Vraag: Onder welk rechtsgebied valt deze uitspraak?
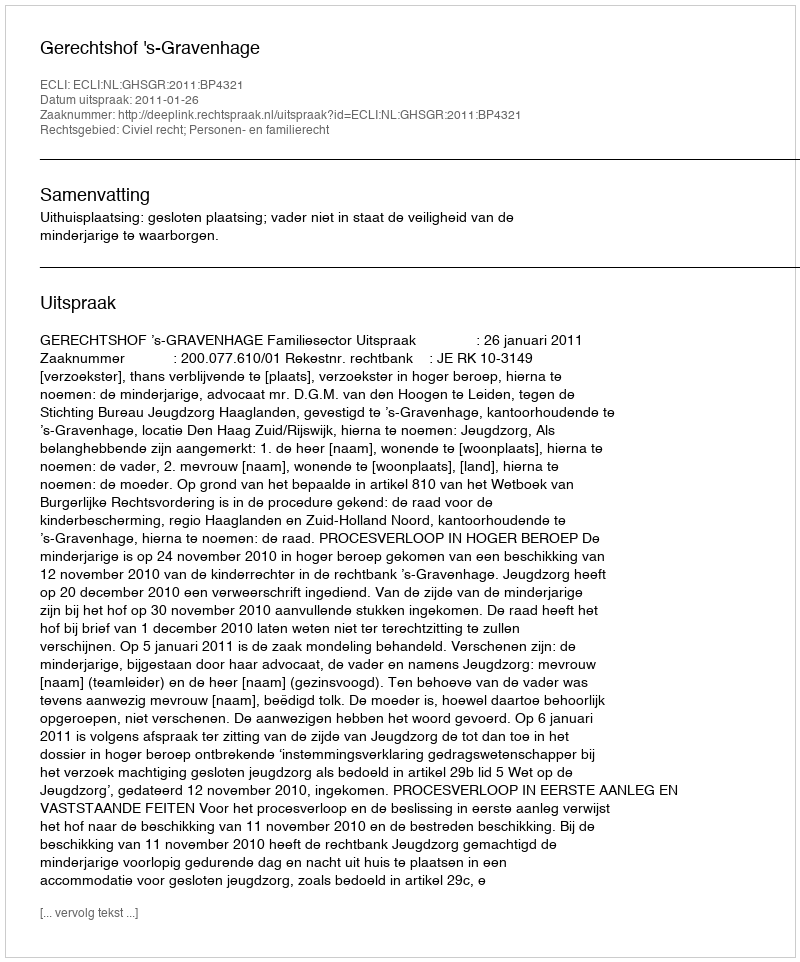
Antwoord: Civiel recht; Personen- en familierecht